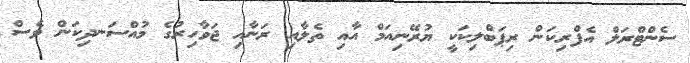
ސެންޓްރަލް އެފްރިކަން ރިޕަބްލިކަކީ ޔުރޭނިއަމް އާއި ތެލާއި ރަނާއި ޖަވާހިރުގެ މުއްސަނދިކަން ވެސް